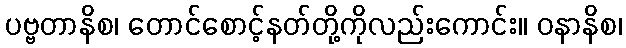
ပဗ္ဗတာနိစ၊ တောင်စောင့်နတ်တို့ကိုလည်းကောင်း။ ဝနာနိစ၊